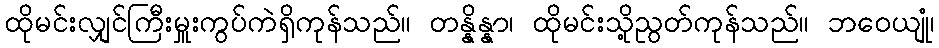
ထိုမင်းလျှင်ကြီးမှူးကွပ်ကဲရှိကုန်သည်။ တန္နိန္နာ၊ ထိုမင်းသို့ညွတ်ကုန်သည်။ ဘဝေယျုံ၊